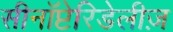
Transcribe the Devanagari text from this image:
सीनॉप्टेरिडेलीज़